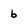
Character: 6